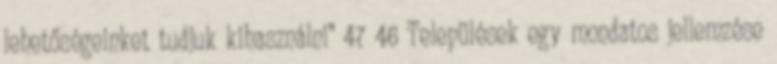
lehetőségeinket tudjuk kihasználni” 47 46 Települések egy mondatos jellemzése